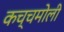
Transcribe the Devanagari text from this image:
कच्चमोली